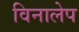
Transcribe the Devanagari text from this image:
विनालेप